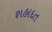
શહાદત